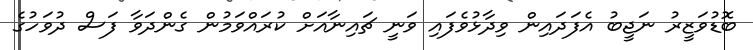
ބޮޑުވަޒީރު ނަޖީބު އެފަދައިން ވިދާޅުވެފައި ވަނީ ޗައިނާއަށް ކުރައްވަމުން ގެންދަވާ ފަސް ދުވަހުގެ